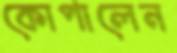
কোপালেন